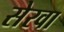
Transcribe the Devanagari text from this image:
सेरवा